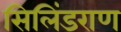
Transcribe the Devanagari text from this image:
सिलिंडराण